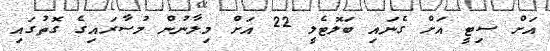
އަށް ސިޓީ އަށް ގެނައި ބަލޮޓެލީ 22 އަށް މިލާނުން މުސާރައިގެ ގޮތުގައި